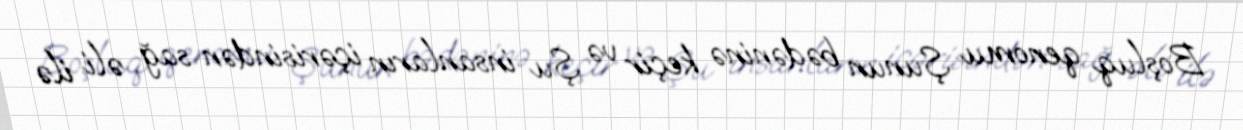
Boşluq qenomu Şunun bədəninə keçir və Şu insanların içərisindən sağ əli ilə